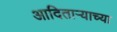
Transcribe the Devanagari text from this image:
आदिताऱ्याच्या